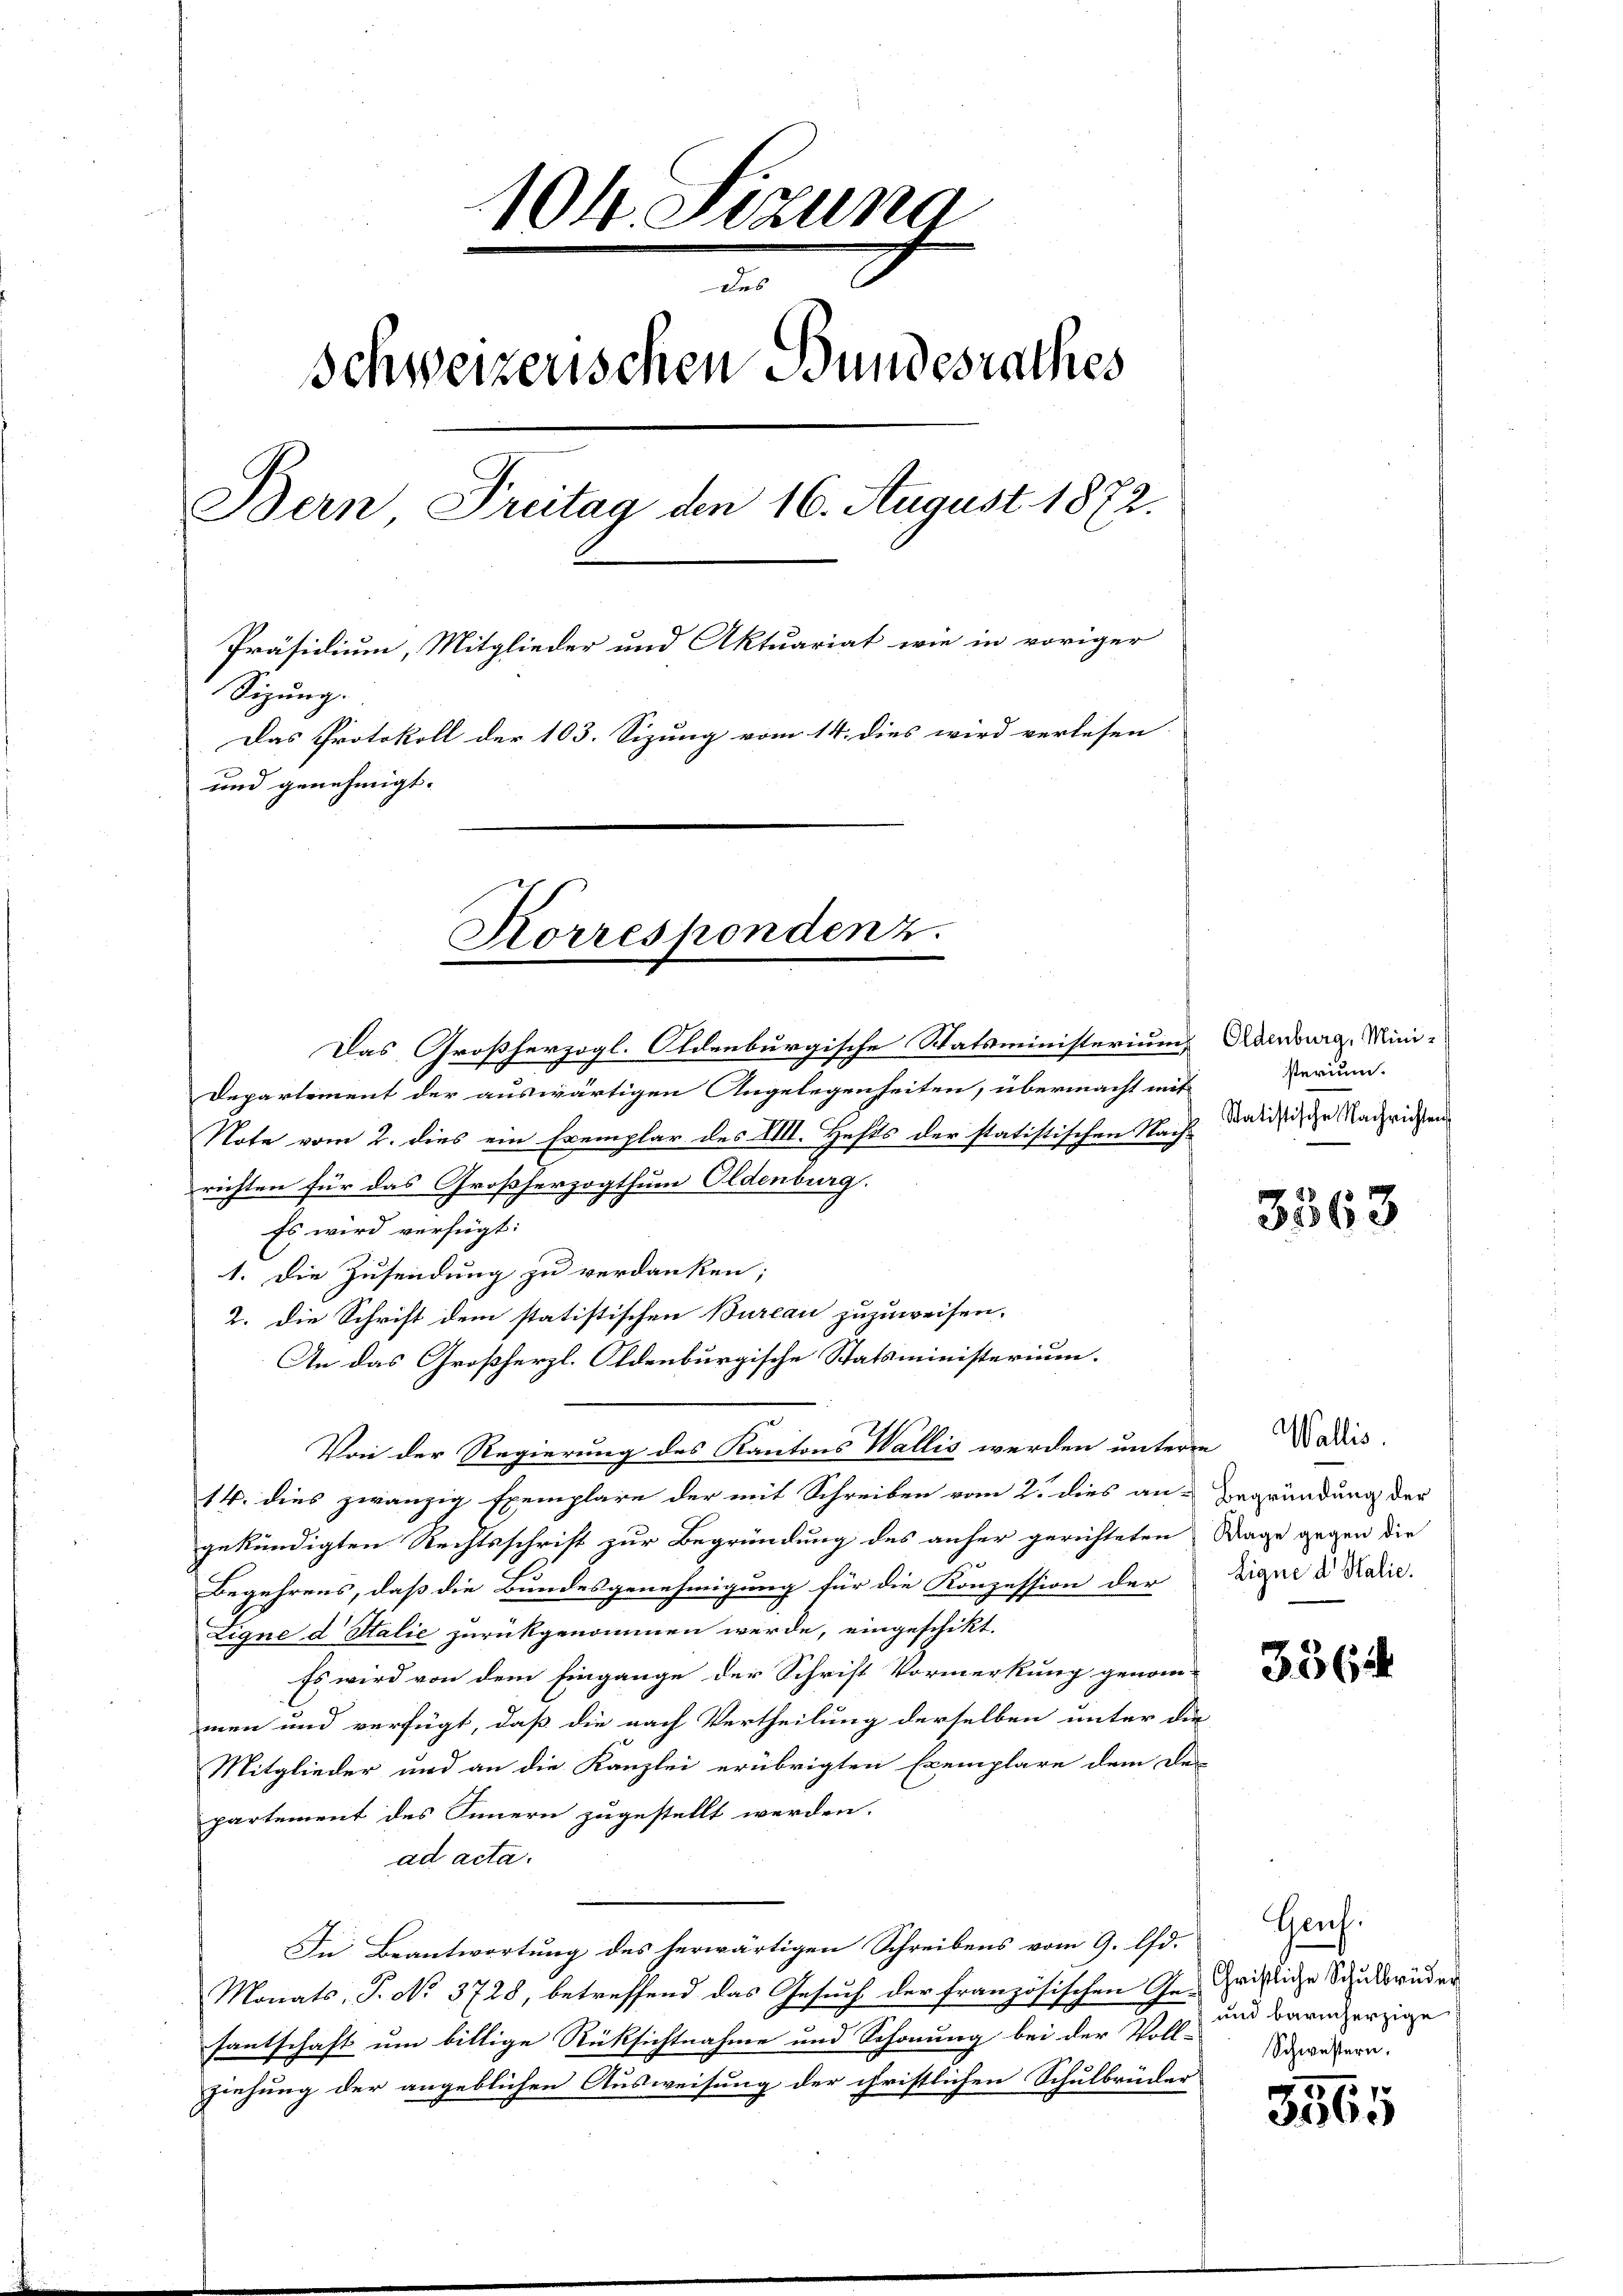
104. Sizung
f x
Schweizerischen Bundesrathes
Bern Preitag den 16. August 1872.
Präsidium, Mitglieder und Aktuariat wie in voriger
Sizung.
Das Protokoll der 103. Sizung vom 14. dies wird verlesen.
und genehmigt.

Korrespondenz.

Das Großherzogl. Oldenburgische Statsministerium
Departement der auswärtigen Angelegenheiten, übermacht mit
Note vom 2. dies ein Exemplar des XIII. Hefts der statistischen Nachrichten für das Großherzogthum Oldenburg.
Es wird verfügt:
1. Die Zusendung zu verdanken;
2. die Schrift dem statistischen Bureau zuzuweisen.
d
An das Großherzl. Oldenburgische Statsministerium.
Von der Regierung des Kantons Wallis werden unterm Nadiis
14. dies zwanzig Exemplare der mit Schreiben vom 2. dies an Begründung der
gekündigten Rechtsschrift zur Begründung des anher gerichteten Wage gegen die
Begehrens, daß die Bundesgenehmigung für die Konzession der
Eigne d Stalie zurückgenommen werde, eingeschikt.
Es wird von dem Eingange der Schrift Vormerkung genom-
men und verfügt, daß die nach Vertheilung derselben unter die
Mitglieder und an die Kanzlei erübrigten Exemplare dem De-
partement des Innern zugestellt werden.
ad acta.
In Beantwortung des herwärtigen Schreibens vom 9. d.
Monats, S. No. 3728, betreffend das Gesuch der französischen Ge-
fantschaft um billige Rüksichtnahme und Schonung bei der Voll-Wäusern.
ziehung der angeblichen Ausweisung der christlichen Schulbrüder

Oldenburg, Ministerium.
Statistische Nachrichten

3563

Ligne d. Halic.

336

Gauf.
Christliche Schulbrüder
und barmherzige

3565